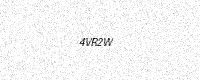
Text: 4VR2W